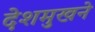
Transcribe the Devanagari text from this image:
देशमुखने